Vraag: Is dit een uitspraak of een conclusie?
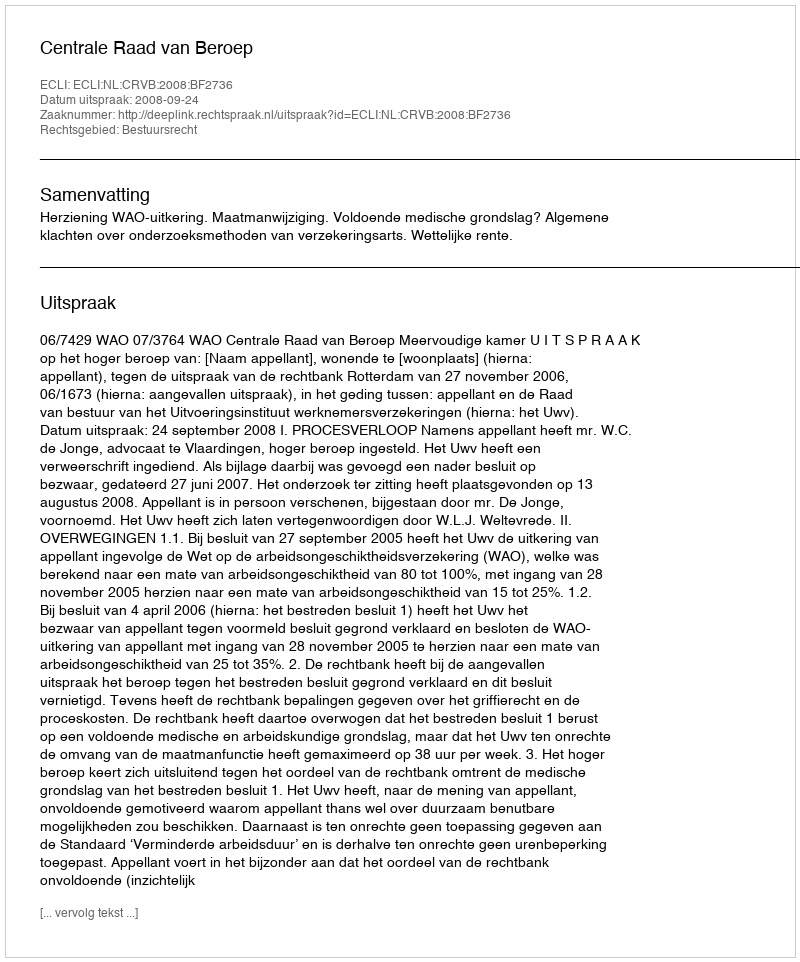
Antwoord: Uitspraak